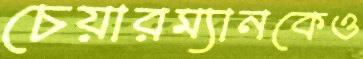
চেয়ারম্যানকেও